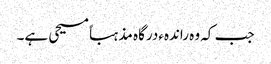
جب کہ وہ راندہءدرگاہ مذہباً مسیحی ہے۔